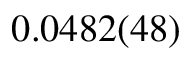
0 . 0 4 8 2 ( 4 8 )